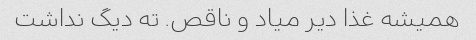
همیشه غذا دیر میاد و ناقص. ته دیگ نداشت